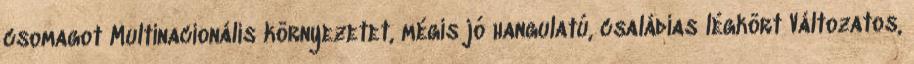
csomagot Multinacionális környezetet, mégis jó hangulatú, családias légkört Változatos,